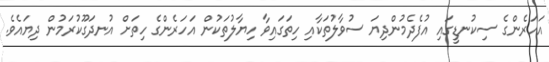
އަހަރެންގެ ސިކުނޑީގައި އުފެދެމުންދިޔަ ސުވާލުތަކާއި ހިތަގައިވާ ހިޔާލުތަކުން އަހަރެންގެ ހިތަށް އުނދަގޫކުރަމުން ދިޔައެވެ.